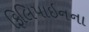
ફિલિપાઇનના